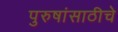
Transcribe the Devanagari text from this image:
पुरुषांसाठीचे